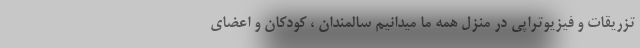
تزریقات و فیزیوتراپی در منزل همه ما میدانیم سالمندان ، کودکان و اعضای